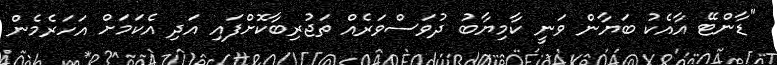
"ޑާންޓޭ އާއެކު ބަޔާން ވަނީ ކާމިޔާބު ދުވަސްވަރެއް ތަޖުރިބާކޮށްފައި އަދި އެކަމަށް އަހަރެމެން